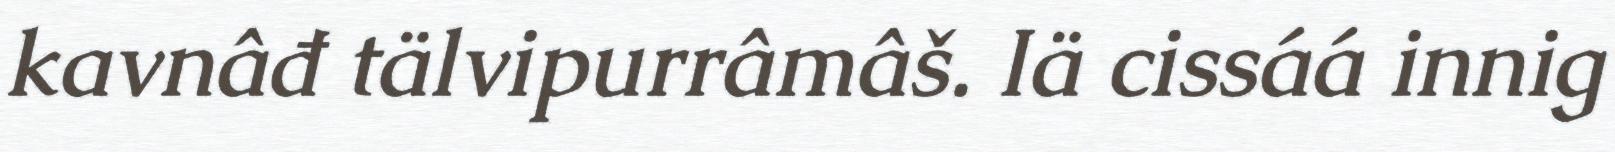
kavnâđ tälvipurrâmâš. Iä cissáá innig